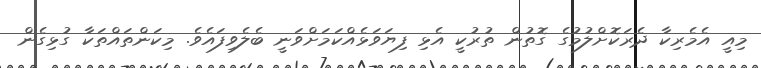
މިއީ އެމެރިކާ ދެރަކޮށްލުމުގެ ގޮތުން ތުރުކީ އެޅި ފިޔަވަޅެއްކަމަށްވަނީ ބެލެވިފައެވެ. މިކަންތައްތަކާ ގުޅިގެން